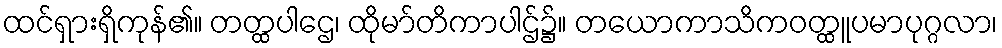
ထင်ရှားရှိကုန်၏။ တတ္ထပါဌေ၊ ထိုမာ်တိကာပါဌ်၌။ တယောကာသိကဝတ္ထူပမာပုဂ္ဂလာ၊